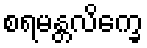
စရမန္တလိက္ခေ